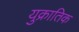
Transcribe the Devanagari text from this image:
युक्रातिक